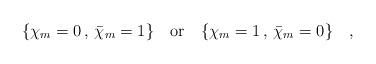
LaTeX: \begin{align*}\{ \chi _m =0\, , \, \bar \chi _m=1 \} \quad {\mbox {or}} \quad \{ \chi _m =1\, , \, \bar \chi _m=0 \} \quad ,\end{align*}